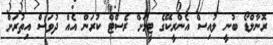
ރޮނާލްޑޯ ބުނީ ލުއިސް އެންރީކޭގެ ޓީމަށް ރެސްޓް ކުރަން އެއް ދުވަސް އިތުރަށް